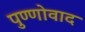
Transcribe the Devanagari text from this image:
पुण्णोवाद